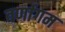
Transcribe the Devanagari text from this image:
वर्णागम